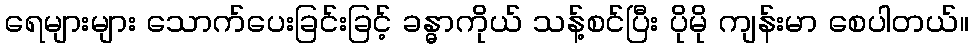
ရေများများ သောက်ပေးခြင်းခြင့် ခန္ဓာကိုယ် သန့်စင်ပြီး ပိုမို ကျန်းမာ စေပါတယ်။